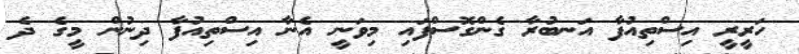
ހަރީރީ އިސްތިއުފާ އަނބުރާ ގެންގޮސްފައި މިވަނީ އެނާ އިސްތިއުފާ ދިނުން މީގެ ދެ